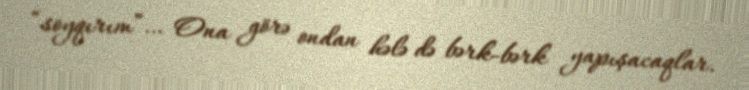
“soyqırım”… Ona görə ondan hələ də bərk-bərk yapışacaqlar.